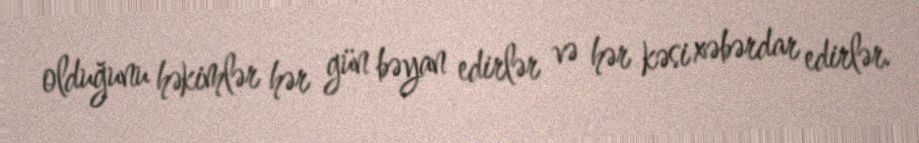
olduğunu həkimlər hər gün bəyan edirlər və hər kəsi xəbərdar edirlər.